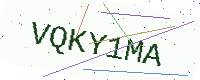
Text: VQKY1MA